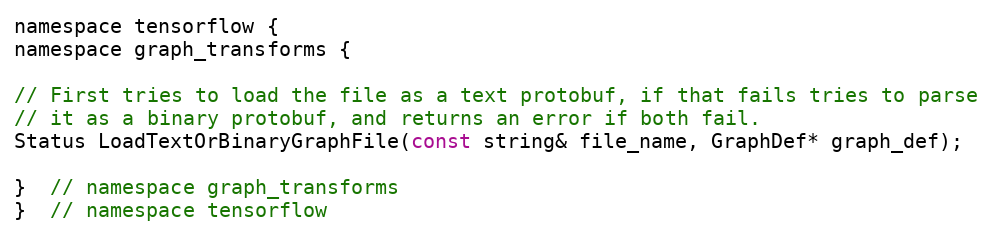
Language: C
namespace tensorflow {
namespace graph_transforms {

// First tries to load the file as a text protobuf, if that fails tries to parse
// it as a binary protobuf, and returns an error if both fail.
Status LoadTextOrBinaryGraphFile(const string& file_name, GraphDef* graph_def);

}  // namespace graph_transforms
}  // namespace tensorflow